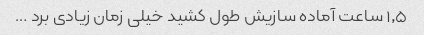
۱٫۵ ساعت آماده سازیش طول کشید خیلی زمان زیادی برد …